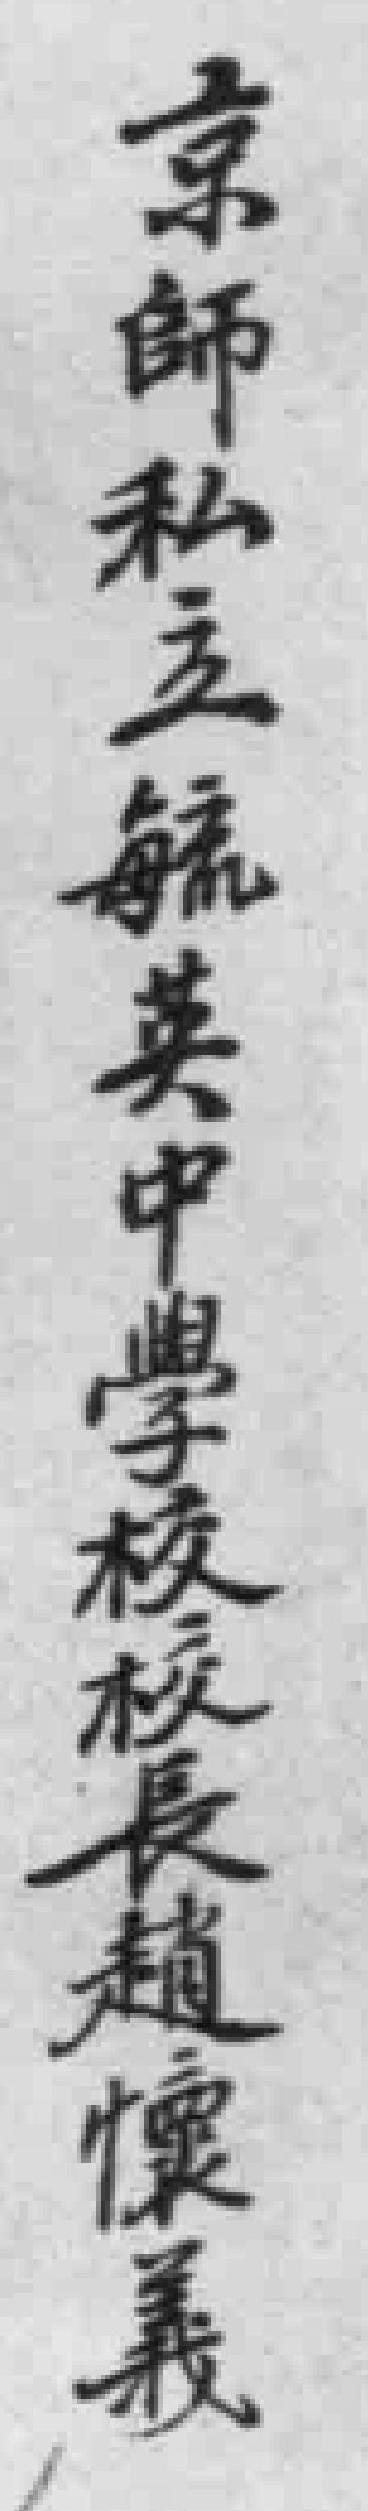
京師私主毓英中學校校長趙懷義